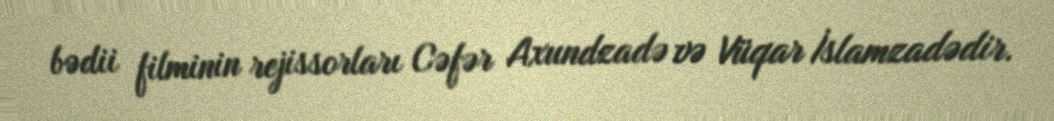
bədii filminin rejissorları Cəfər Axundzadə və Vüqar İslamzadədir.